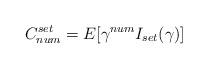
LaTeX: \begin{align*}C_{num}^{set} = E[\gamma^{num} I_{set}(\gamma)]\end{align*}